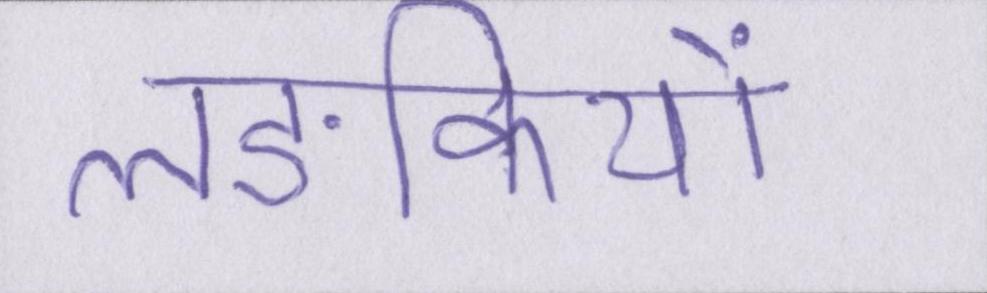
लङकियों